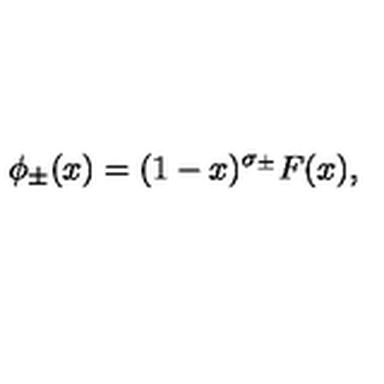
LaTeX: \phi _ { \pm } ( x ) = ( 1 - x ) ^ { \sigma _ { \pm } } F ( x ) ,